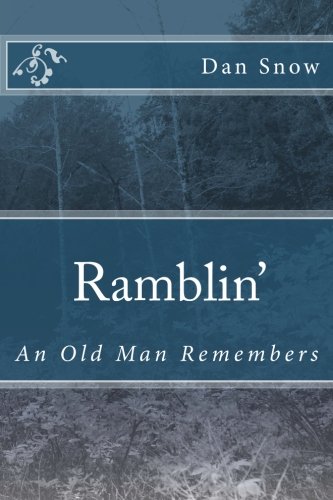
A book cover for Ramblin': An Old Man Remembers; Dan Snow; Christian Books & Bibles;